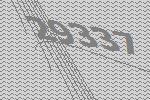
29337